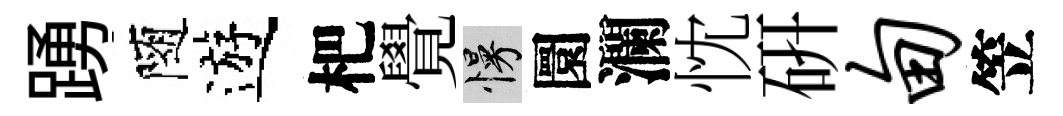
踴隨遊杷覺慢圜瀾忱研甸笠